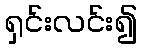
ရှင်းလင်း၍